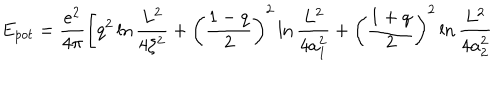
LaTeX: E _ { p o t } = \frac { e ^ { 2 } } { 4 \pi } \left[ q ^ { 2 } \ln \frac { L ^ { 2 } } { 4 \zeta ^ { 2 } } + \left( \frac { 1 - q } { 2 } \right) ^ { 2 } \ln \frac { L ^ { 2 } } { 4 a _ { 1 } ^ { 2 } } + \left( \frac { 1 + q } { 2 } \right) ^ { 2 } \ln \frac { L ^ { 2 } } { 4 a _ { 2 } ^ { 2 } } \right.